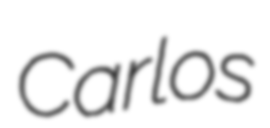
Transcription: Carlos